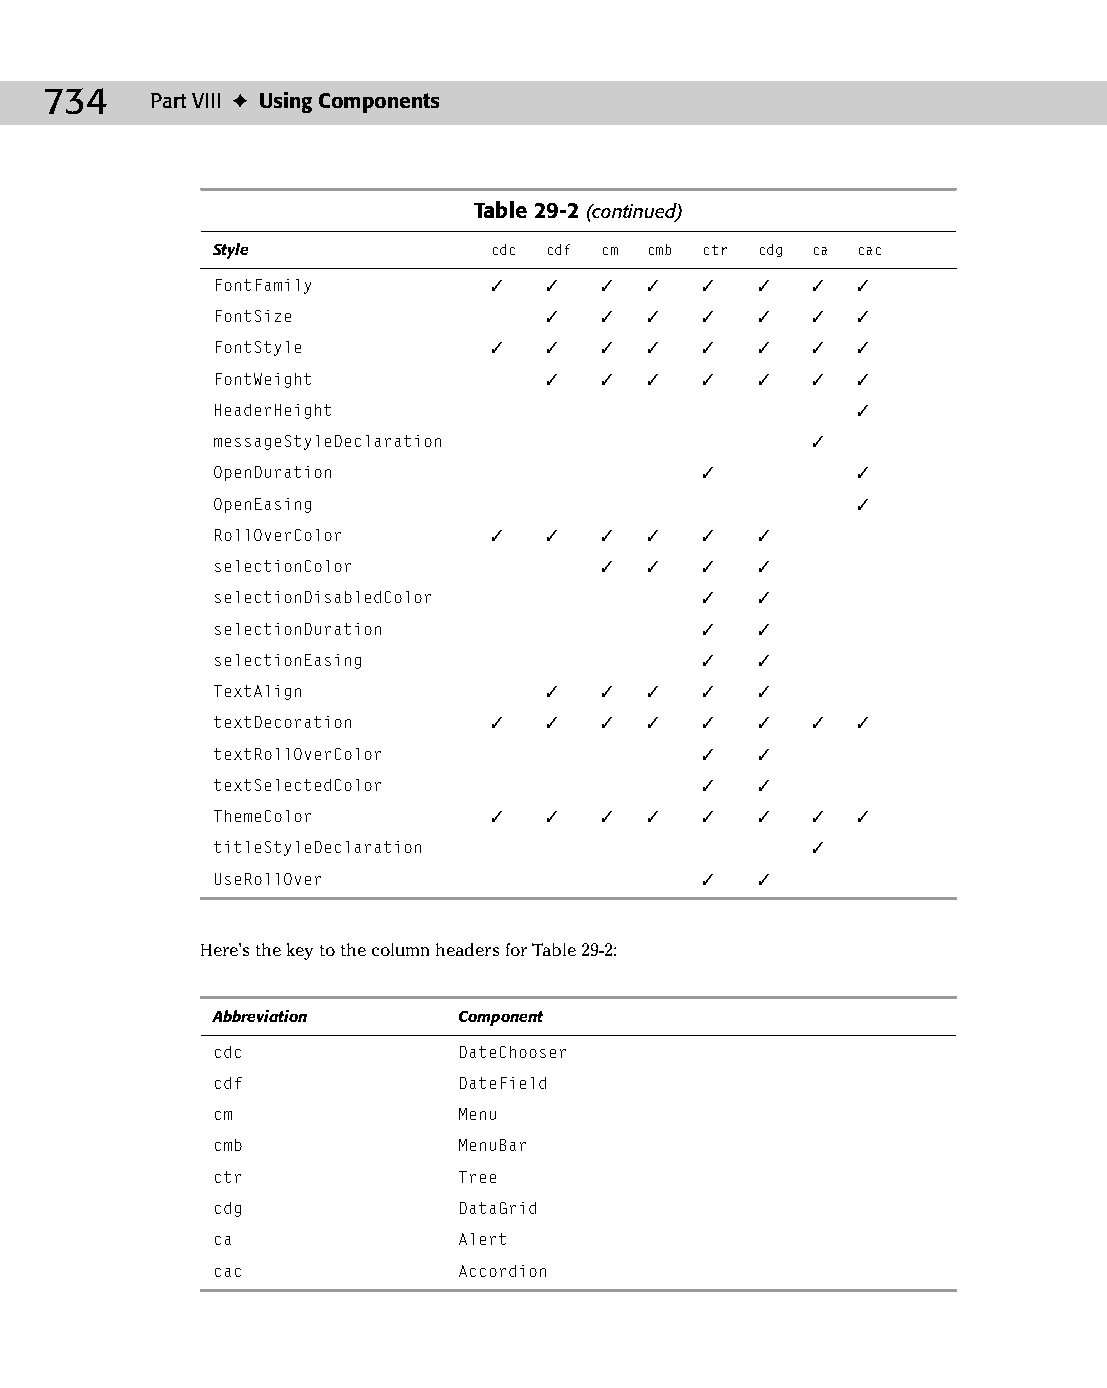
38 543547 ch29.qxd 3/24/04 4:08 PM Page 734
 734    Part VIII ✦ Using Components
 Table 29-2 (continued)
 Style             cdc cdf cm cmb ctr cdg ca cac
 FontFamily        ✓   ✓   ✓  ✓  ✓   ✓   ✓  ✓
 FontSize              ✓   ✓  ✓  ✓   ✓   ✓  ✓
 FontStyle         ✓   ✓   ✓  ✓  ✓   ✓   ✓  ✓
 FontWeight            ✓   ✓  ✓  ✓   ✓   ✓  ✓
 HeaderHeight                               ✓
 messageStyleDeclaration                 ✓
 OpenDuration                    ✓          ✓
 OpenEasing                                 ✓
 RollOverColor     ✓   ✓   ✓  ✓  ✓   ✓
 selectionColor            ✓  ✓  ✓   ✓
 selectionDisabledColor          ✓   ✓
 selectionDuration               ✓   ✓
 selectionEasing                 ✓   ✓
 TextAlign             ✓   ✓  ✓  ✓   ✓
 textDecoration    ✓   ✓   ✓  ✓  ✓   ✓   ✓  ✓
 textRollOverColor               ✓   ✓
 textSelectedColor               ✓   ✓
 ThemeColor        ✓   ✓   ✓  ✓  ✓   ✓   ✓  ✓
 titleStyleDeclaration                   ✓
 UseRollOver                     ✓   ✓
 Here’s the key to the column headers for Table 29-2:
 Abbreviation    Component
 cdc             DateChooser
 cdf             DateField
 cm              Menu
 cmb             MenuBar
 ctr             Tree
 cdg             DataGrid
 ca              Alert
 cac             Accordion